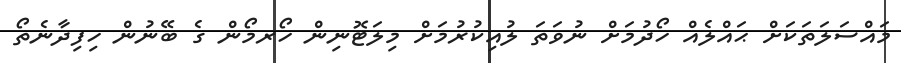
މައްސަލަތަކަށް ޙައްލެއް ހޯދުމަށް ނުވަތަ ލުއިކުރުމަށް މިލަޓޮނިން ހޯރމޯން ގެ ބޭނުން ހިފިދާނެތޯ